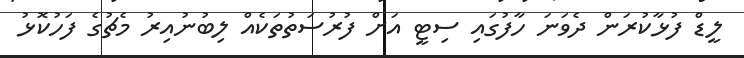
ލީޑް ފުޅާކުރަން ދެވަނަ ހާފުގައި ސިޓީ އަށް ފުރުސަތުތަކެއް ލިބުނުއިރު މެޗުގެ ފަހުކޮޅު